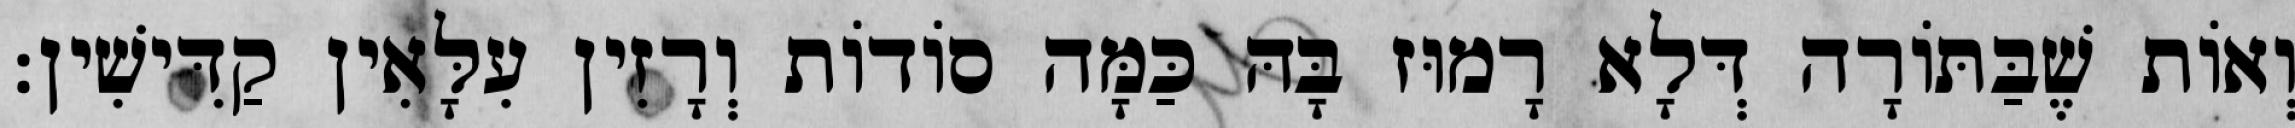
וְאוֹת שֶׁבַּתּוֹרָה דְּלָא רָמוּז בָּהּ כַּמָּה סוֹדוֹת וְרָזִין עִלָּאִין קַדִּישִׁין: